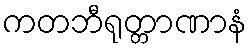
ကတဘီရုတ္တာဏာနံ